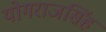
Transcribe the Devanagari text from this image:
योगराजसिंह